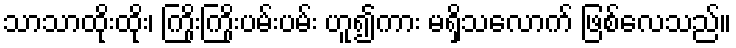
သာသာထိုးထိုး၊ ကြိုးကြိုးပမ်းပမ်း ဟူ၍ကား မရှိသလောက် ဖြစ်လေသည်။